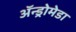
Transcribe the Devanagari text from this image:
अॅन्ड्रोमेडा